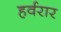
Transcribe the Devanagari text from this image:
हर्वरार